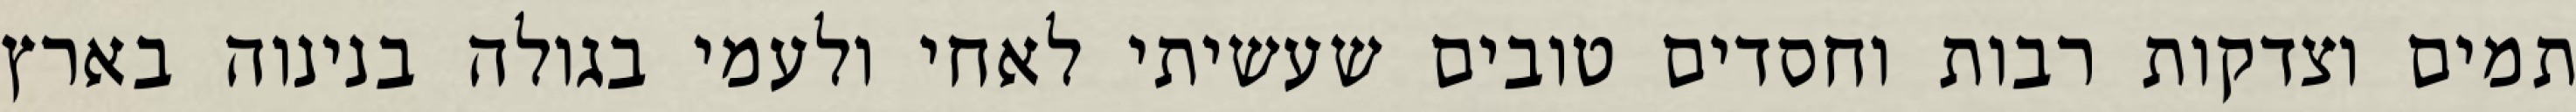
תמים וצדקות רבות וחסדים טובים שעשיתי לאחי ולעמי בגולה בנינוה בארץ